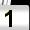
Digit: 1